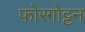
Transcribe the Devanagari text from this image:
फोरगोट्टन